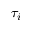
\tau _ { i }